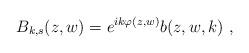
LaTeX: \begin{align*}B_{k,s}(z,w)=e^{ik\varphi(z,w)}b(z,w,k)\ , \end{align*}